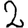
Digit: 2